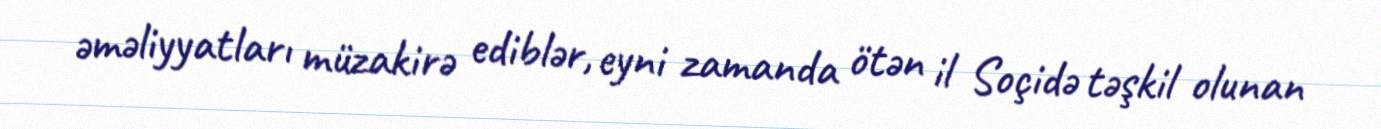
əməliyyatları müzakirə ediblər, eyni zamanda ötən il Soçidə təşkil olunan